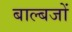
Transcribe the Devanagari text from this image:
बाल्बजों